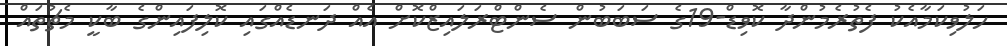
ހަލުވިކަމާއެކު ފެތުރެމުންދާ ކޮވިޑް-19ގެ ސަބަބުން ސެންޓްރަލައިޒްކޮށް އެއް ދަނޑެއްގައި ކޮލިފައިންގެ ބާކީ މެޗުތައް